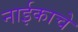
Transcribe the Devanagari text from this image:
नाईकाचे